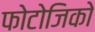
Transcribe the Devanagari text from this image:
फोटोजिको